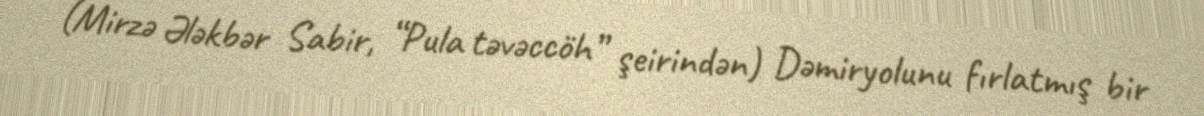
(Mirzə Ələkbər Sabir, “Pula təvəccöh” şeirindən) Dəmiryolunu fırlatmış bir